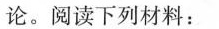
论。阅读下列材料：